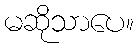
မဆိုသာပေ။